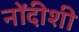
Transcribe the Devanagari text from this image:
नोंदीशी